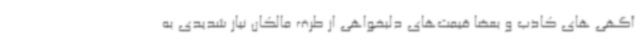
آگهی های کاذب و بعضاً قیمت‌های دلبخواهی از طرف مالکان نیاز شدیدی به